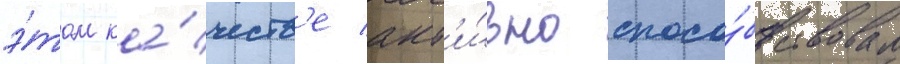
э́том ка́честв'е акт'и́вно спосо́бствовал